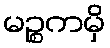
မဉ္စကမှိ